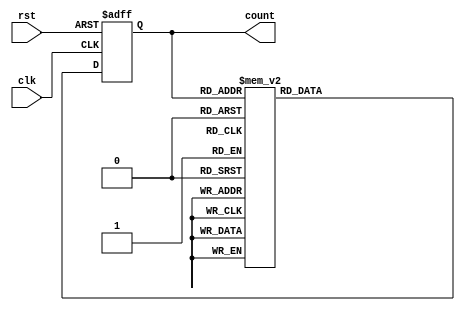
module gray_counter (
    input clk,      // Clock input
    input rst,      // Reset input
    output reg [3:0] count  // 4-bit Gray Counter output
);
reg [3:0] next_count;

always @(posedge clk or posedge rst) begin
    if (rst) begin
        count <= 4'b0000;  // Reset the counter to 0
    end else begin
        count <= next_count;  // Update the count with the next count value
    end
end

always @(*) begin
    case (count)
        4'b0000: next_count = 4'b0001;
        4'b0001: next_count = 4'b0011;
        4'b0011: next_count = 4'b0010;
        4'b0010: next_count = 4'b0110;
        4'b0110: next_count = 4'b0111;
        4'b0111: next_count = 4'b0101;
        4'b0101: next_count = 4'b0100;
        4'b0100: next_count = 4'b1100;
        4'b1100: next_count = 4'b1101;
        4'b1101: next_count = 4'b1111;
        4'b1111: next_count = 4'b1110;
        default: next_count = 4'b0000;
    endcase
end

endmodule